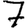
Digit: 7